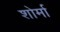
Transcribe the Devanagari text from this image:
शोर्मा